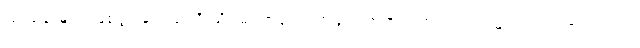
ပြဿနာများ ဖြစ်ပွားခဲ့တယ်လို့ သိပ်မကြာခင် ရက်များ အတွင်းက သတင်းများတက်လာပါတယ်။